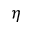
\eta